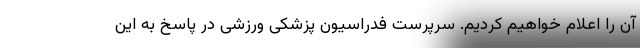
آن را اعلام خواهیم کردیم. سرپرست فدراسیون پزشکی ورزشی در پاسخ به این